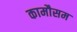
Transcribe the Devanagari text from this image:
कामौसम